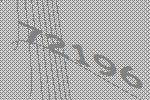
72196